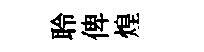
聆俾煌